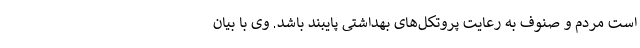
است مردم و صنوف به رعایت پروتکل‌های بهداشتی پایبند باشد. وی با بیان